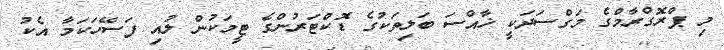
މި ޕްރޮގްރާމްގެ މަގްސަދަކީ ޚާއްސަ ބަލިތަކުގެ ޑޮކްޓަރުންގެ ޓީމަކުން ލުއި ފަސޭހަކަމާ އެކު